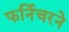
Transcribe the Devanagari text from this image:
फर्निचरने